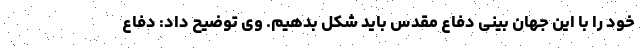
خود را با این جهان بینی دفاع مقدس باید شکل بدهیم. وی توضیح داد: دفاع